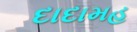
દાદામહ